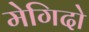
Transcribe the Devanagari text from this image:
मेगिदो